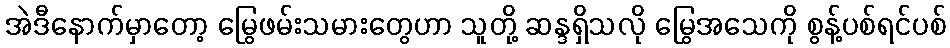
အဲဒီနောက်မှာတော့ မြွေဖမ်းသမားတွေဟာ သူတို့ ဆန္ဒရှိသလို မြွေအသေကို စွန့်ပစ်ရင်ပစ်